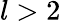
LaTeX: l>2